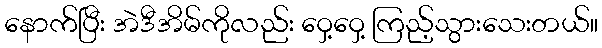
နောက်ပြီး အဲဒီအိမ်ကိုလည်း ဝှေ့ဝှေ့ ကြည့်သွားသေးတယ်။